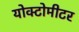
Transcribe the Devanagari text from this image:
योक्टोमीटर